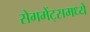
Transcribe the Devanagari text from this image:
सेगमेंट्समध्ये